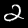
Digit: 2